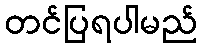
တင်ပြရပါမည်